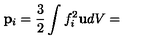
\mathbf { p } _ { i } = \frac { 3 } { 2 } \int f _ { i } ^ { 2 } \mathbf { u } d V =